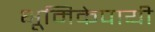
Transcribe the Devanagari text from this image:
भूमिकेपायी